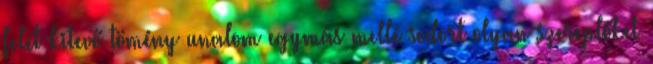
felét kitevő tömény unalom egymás mellé sodort olyan szereplőket